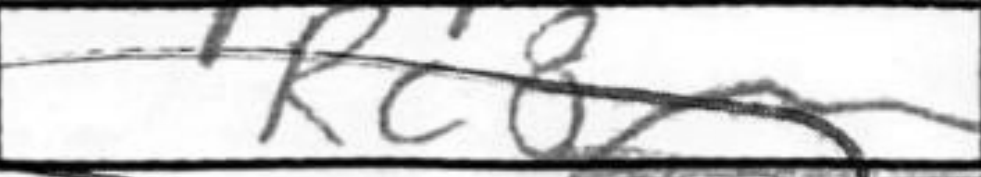
Transcription: Rc8